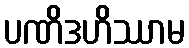
ပဏိဒဟိဿာမ